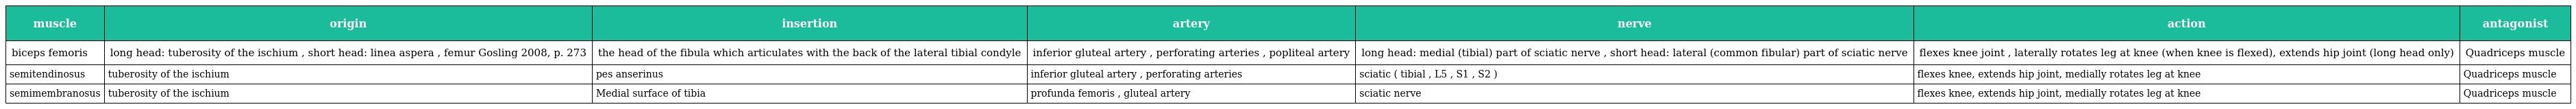
| muscle | origin | insertion | artery | nerve | action | antagonist |
 | --- | --- | --- | --- | --- | --- | --- |
 | biceps femoris | long head: tuberosity of the ischium , short head: linea aspera , femur Gosling 2008, p. 273 | the head of the fibula which articulates with the back of the lateral tibial condyle | inferior gluteal artery , perforating arteries , popliteal artery | long head: medial (tibial) part of sciatic nerve , short head: lateral (common fibular) part of sciatic nerve | flexes knee joint , laterally rotates leg at knee (when knee is flexed), extends hip joint (long head only) | Quadriceps muscle |
 | semitendinosus | tuberosity of the ischium | pes anserinus | inferior gluteal artery , perforating arteries | sciatic ( tibial , L5 , S1 , S2 ) | flexes knee, extends hip joint, medially rotates leg at knee | Quadriceps muscle |
 | semimembranosus | tuberosity of the ischium | Medial surface of tibia | profunda femoris , gluteal artery | sciatic nerve | flexes knee, extends hip joint, medially rotates leg at knee | Quadriceps muscle |